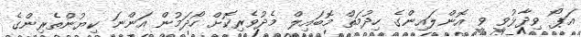
އަޕޯ ވިދާޅުވީ ވީ އޮންލައިންގެ ހިދުމަތް މޮބައިލް މެދުވެރިކޮށް ހޯދަމުން އަންނަ ކިޔުންތެރިންގެ